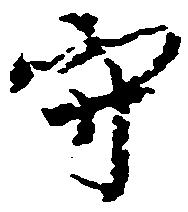
守